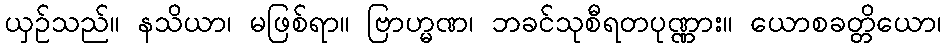
ယှဉ်သည်။ နသိယာ၊ မဖြစ်ရာ။ ဗြာဟ္မဏ၊ ဘခင်သုစီရတပုဏ္ဏား။ ယောစခတ္တိယော၊